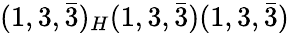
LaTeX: (1,3,{\bar{3}})_{H}(1,3,{\bar{3}})(1,3,{\bar{3}})